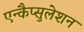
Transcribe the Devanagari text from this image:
एन्कैप्सुलेशन